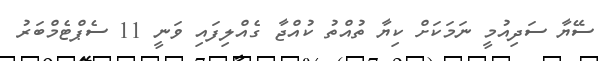
ސޭޔާ ސަދިއުމީ ނަމަކަށް ކިޔާ ތުއްތު ކުއްޖާ ގެއްލިފައި ވަނީ 11 ސެޕްޓެމްބަރު